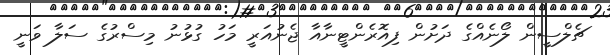
ޗެލްސީން ލޯނެއްގެ ދަށުން ފިއޮރެންޓީނާއާ ޖެނުއަރީ މަހު ގުޅުނު މިސްރުގެ ސަލާ ވަނީ